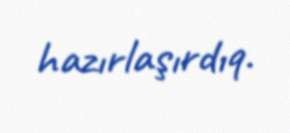
hazırlaşırdıq.